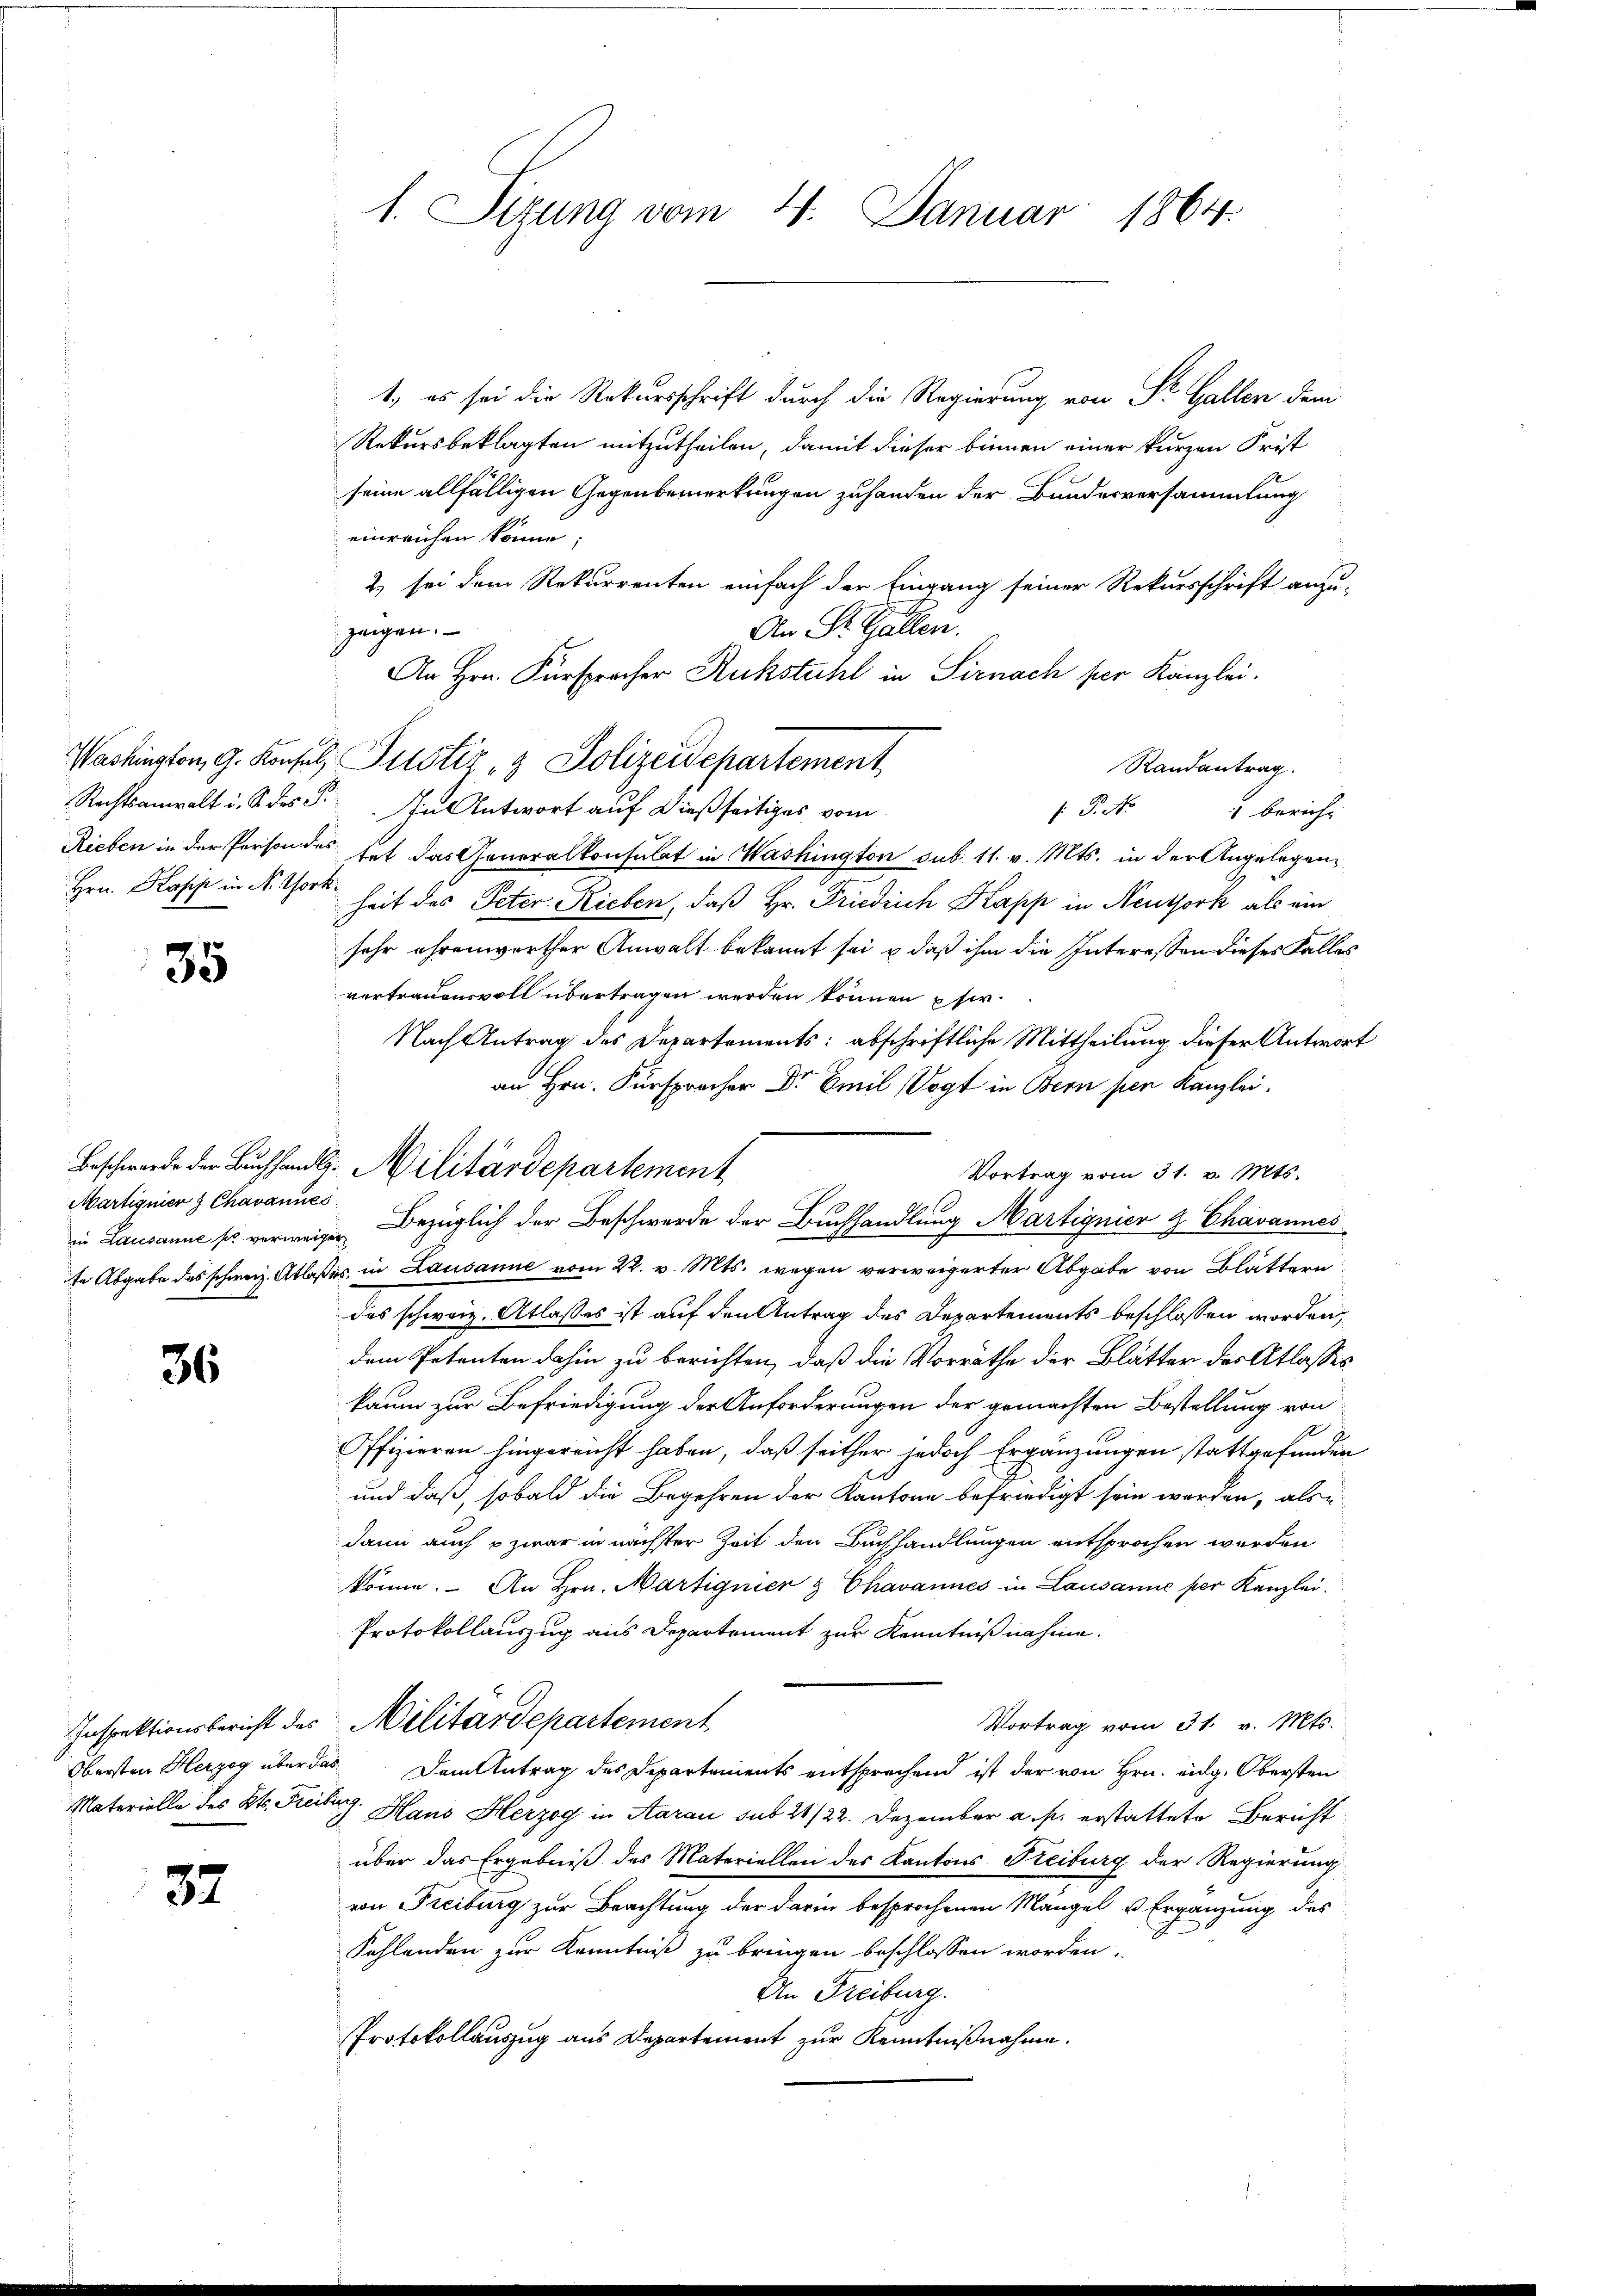
Hrn. Kopp in Nr. Vork

35

Martignier & Chavannes.

36

1., es sei die Rekursschrift durch die Regierung von St. Gallen dem
Rekursbeklagten mitzutheilen, damit dieser binnen einer kurzen Frist
seine allfälligen Gegenbemerkungen zuhanden der Bundesversammlung
einreichen könne;
2.) sei dem Rekurrenten einfach der Eingang seiner Rekursschrift anzu-
zeigen.
An St. Gallen.
An Hrn. Fürsprocher Rückstuhl in Sirnach per Kanzlei.
Randantrag.
Rechtsanwalt i. S. des F. In Antwort auf dießseitiges vom
: P. Nr. 1 bericht-
Rieben in der Person des hat das Generalkonsulat in Washington sub 11. v. Mts. in der Angelegenheit des Peter Rieben, daß Hr. Friedrich Kapp in Neuthork als ein
sehr ehrenworther Anwalt bekannt sei u daß ihm die Interessen dieses Falles
vertrauensvoll übertragen werden können pfer¬
Nach Antrag des Departements: abschriftliche Mittheilung dieser Antwort
an Hrn. Fürsprocher Dr Emil Vogt in Bern per Kanzlei.
Beschwerde der Buchhandl. Militärdepartement
Vortrag vom 31. v. Mts.
in Lausanne so verweigen Bezüglich der Beschwerde der Buchhandlung Martignier & Chavannes
te Abgabe des schweiz. Atlaßes, in Lausanne vom 22. v. Mts. wegen verweigerter Abgabe von Blättern
des schweiz. Atlasses ist auf den Antrag des Departements beschlossen worden,
dem Petenten dahin zu berichten, daß die Vorräthe der Blätter der Atlasses
kaum zur Befriedigung der Anforderungen der gemachten Bestellung von
Offizieren hingereicht haben, daß seither jedoch Ergänzungen stattgefunden
und daß, sobald die Begehren der Kantone befriedigt sein werden, als
dann auch o zwar in nächster Zeit den Buchhandlungen entsprochen werden
könne. An Hrn. Martignier & Chavannes in Lausanne per Kanzlei.
Protokollauszug aus Departement zur Kenntnißnahme.
Vortrag vom 31. v. Mts.
Inspektionsbericht des Militärdepartement
Obersten Herzog über das Dem Antrag des Departements entsprechend ist der von Hrn. Eidg. Obersten
Materielle des Kts. Freiberg. Hans Herzog in Aarau sub 21/22. Dezember a. p. erstattete Bericht
über das Ergebniß des Materiellen des Kantons Reiburg der Regierung
von Freiburg zur Brachtung der darin besprochenen Mangel u Ergänzung des
Fehlenden zur Kenntniß zu bringen beschlossen worden.
An Freiburg.
Protokollauszug aus Departement zur Kenntnißnahme.

32

1. Sizung vom 4. Januar 1864.

Washington, 9. Konsul, Pustiz- & Polizeidepartement